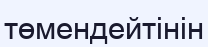
төмендейтінін